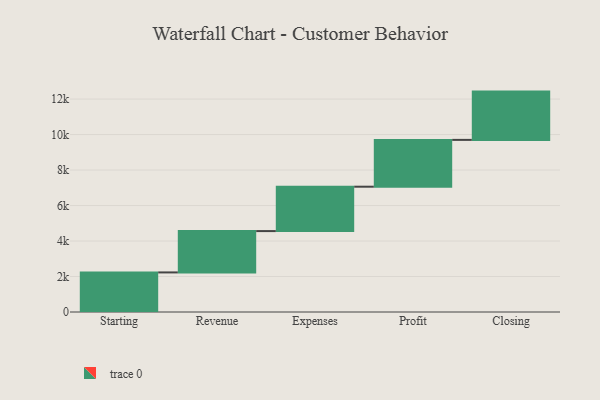
{"axis": {"x": "Step", "y": "Value"}, "legend": [""], "data": [{"x": "Starting", "y": 2231.0, "type": ""}, {"x": "Revenue", "y": 2329.0, "type": ""}, {"x": "Expenses", "y": 2502.0, "type": ""}, {"x": "Profit", "y": 2639.0, "type": ""}, {"x": "Closing", "y": 2721.0, "type": ""}]}